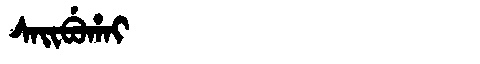
Manchu: ᠰᠠᡳᠪᡠᡥᠠᡳ
Romanization: SAIBUHAI